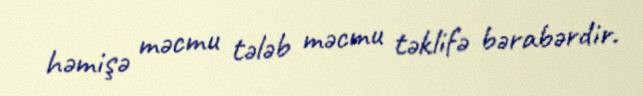
həmişə məcmu tələb məcmu təklifə bərabərdir.